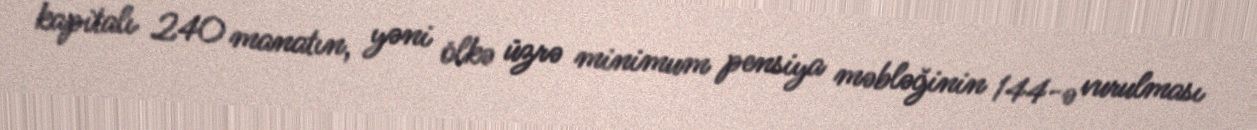
kapitalı 240 manatın, yəni ölkə üzrə minimum pensiya məbləğinin 144-ə vurulması